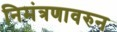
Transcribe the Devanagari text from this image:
निमंत्रणावरुन